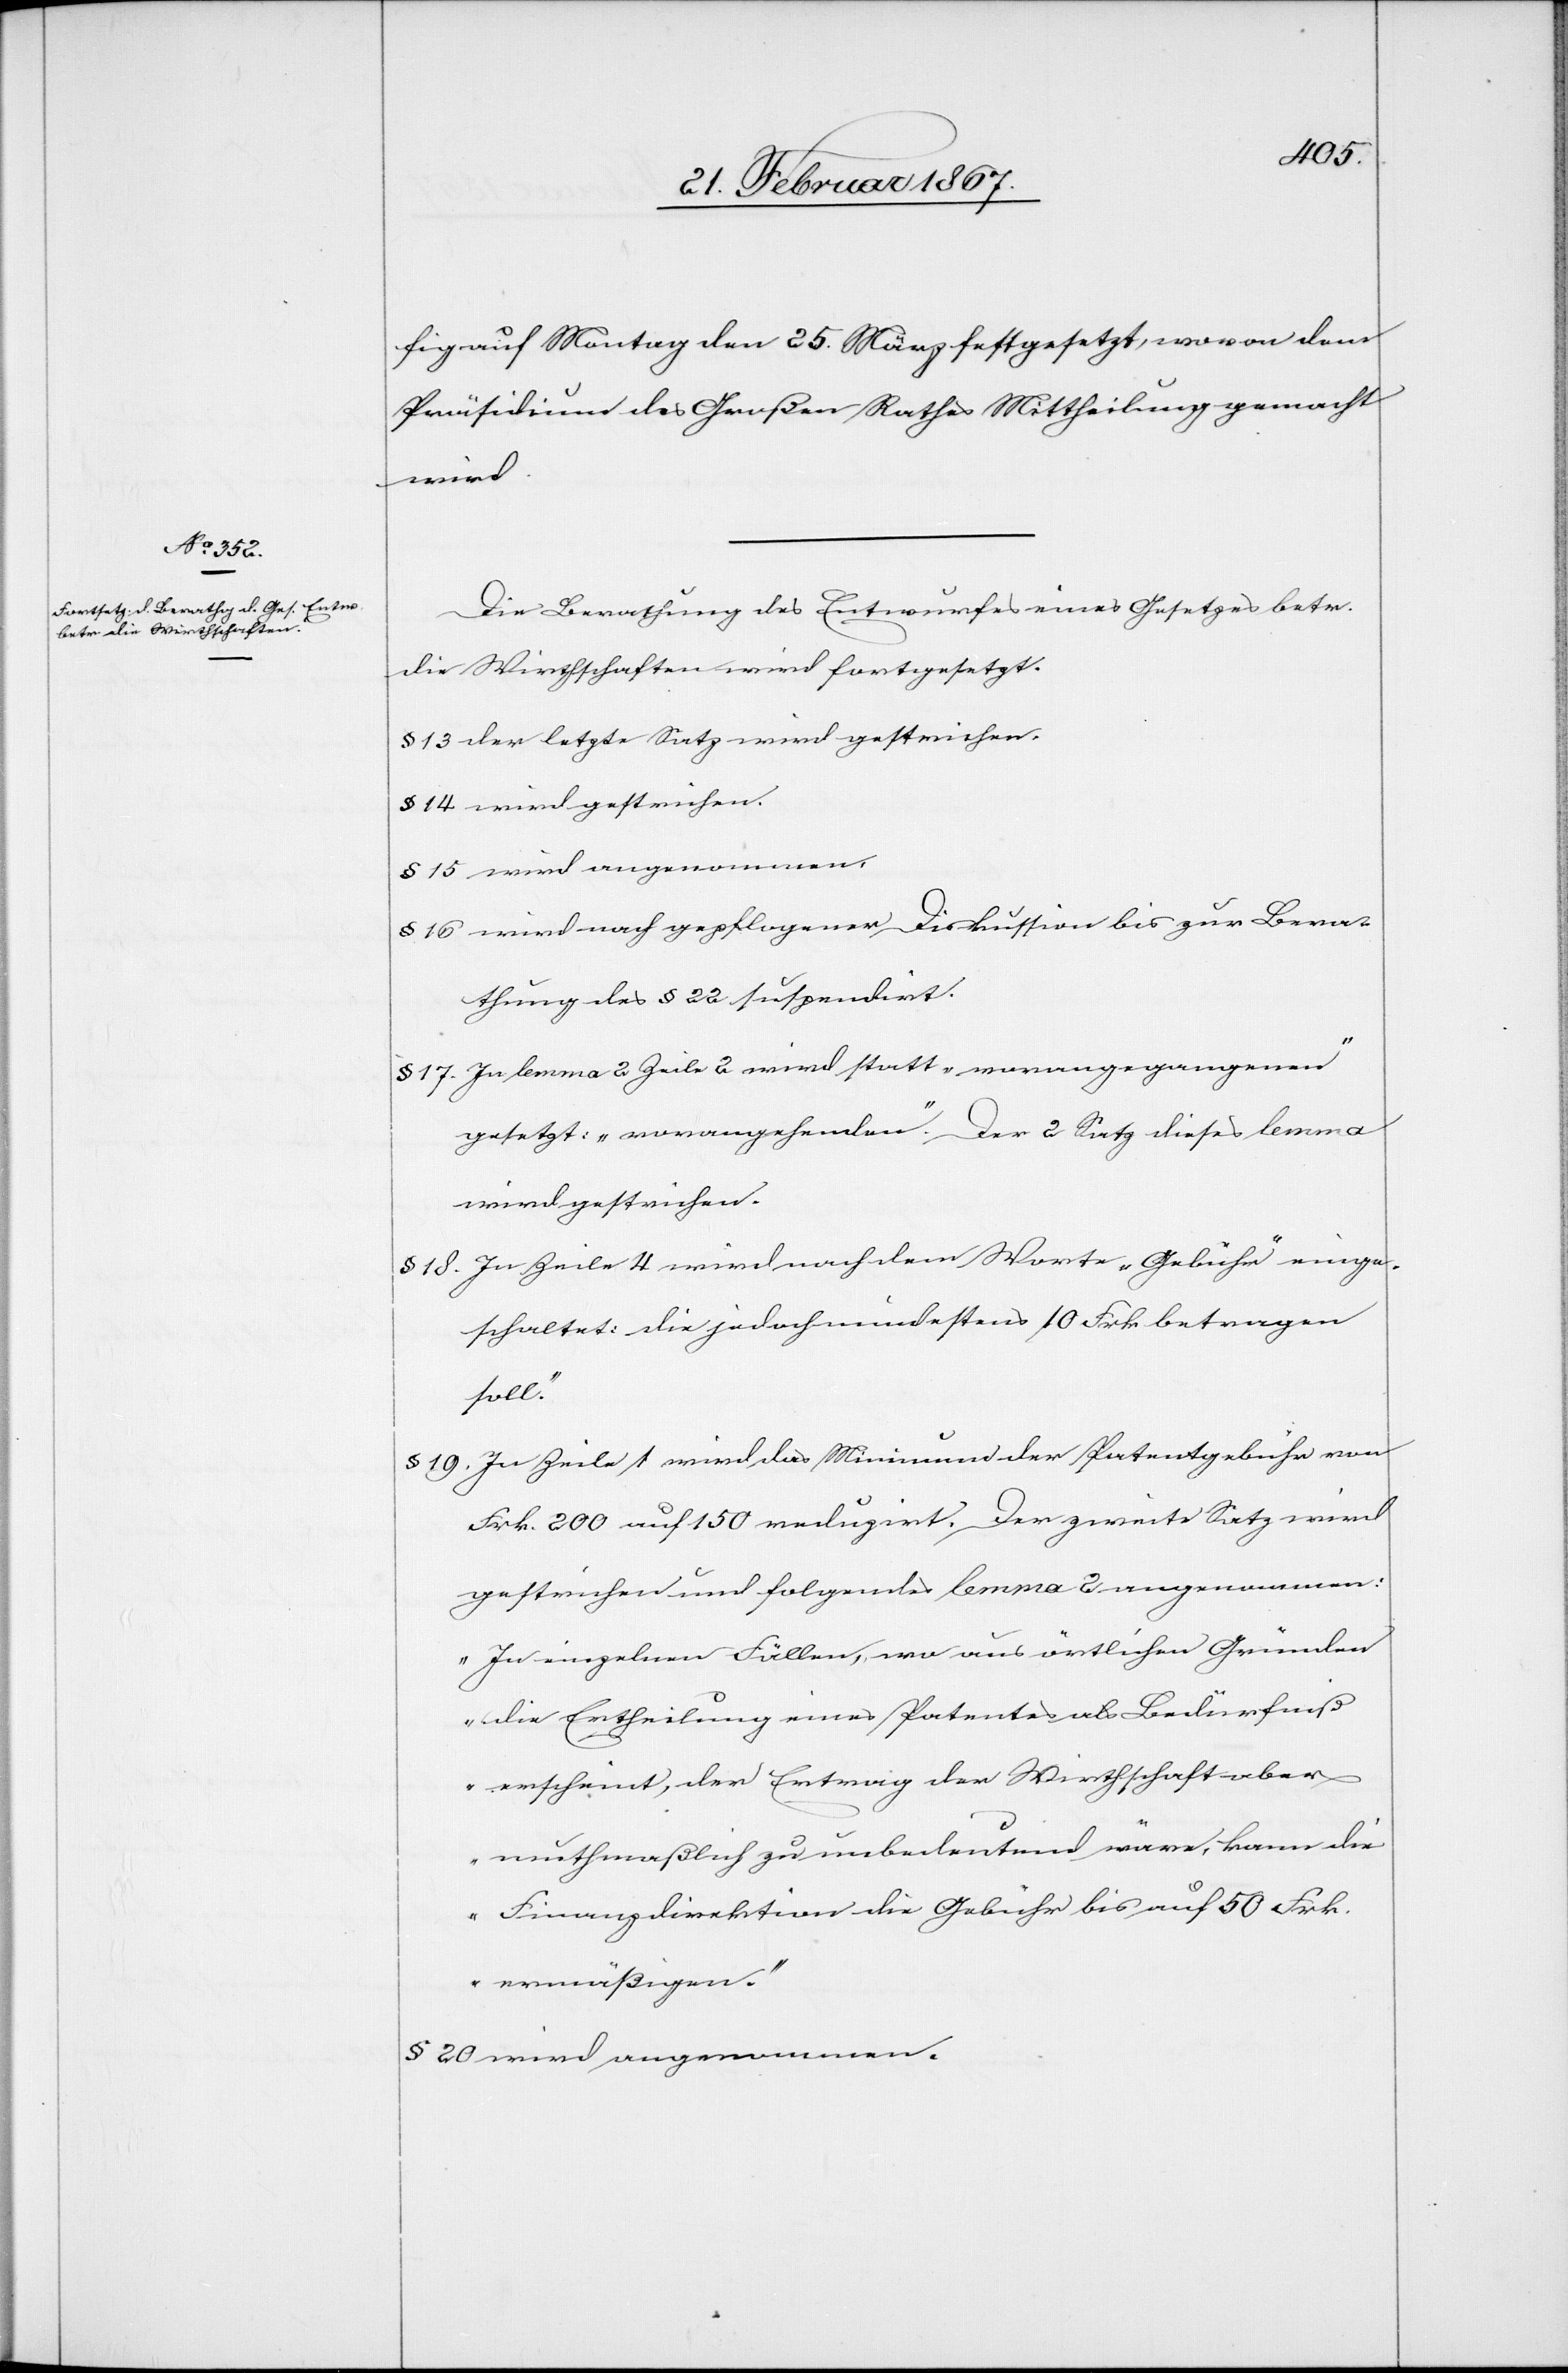
fig auf Montag den 25. März festgesetzt, wovon dem
Präsidium des Großen Rathes Mittheilung gemacht
wird.
Die Berathung des Entwurfes eines Gesetzes betr.
die Wirthschaften wird fortgesetzt.
§ 13 der letzte Satz wird gestrichen.
§ 14 wird gestrichen
§ 15 wird angenommen.
§ 16 wird nach gepflogener Diskussion bis zur Bera¬
thung des § 22 suspendirt.
§ 17 In lemma 2 Zeile 2 wird statt „vorangegangenen“
gesetzt: „vorangehenden“. Der 2 Satz dieses lemma
wird gestrichen.
§ 18 In Zeile 4 wird nach dem Worte „Gebühr“ einge¬
schaltet: [„]die jedoch mindestens 10 Frk. betragen
soll“.
§ 19 In Zeile 1 wird das Minimum der Patentgebühr von
Frk. 200 auf 150 reduzirt. Der zweite Satz wird
gestrichen und folgendes lemma 2 angenommen:
„In einzelnen Fällen, wo aus örtlichen Gründen
die Ertheilung eines Patentes als Bedürfniß
erscheint, der Ertrag der Wirthschaft aber
muthmaßlich zu unbedeutend wäre, kann die
Finanzdirektion die Gebühr bis auf 50 Frk.
ermäßigen“.
§ 20 wird angenommen.